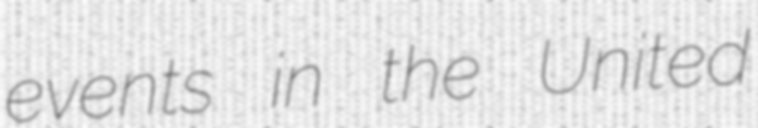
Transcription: events in the United